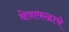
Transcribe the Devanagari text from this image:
क्षेत्राफळाचे